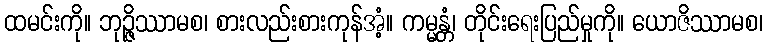
ထမင်းကို။ ဘုဉ္ဇိဿာမစ၊ စားလည်းစားကုန်အံ့။ ကမ္မန္တံ၊ တိုင်းရေးပြည်မှုကို။ ယောဇိဿာမစ၊